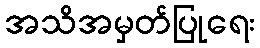
အသိအမှတ်ပြုရေး